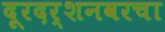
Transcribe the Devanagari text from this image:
दूरदर्शनवरचा